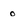
Character: 0